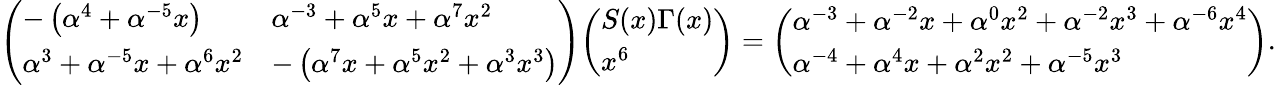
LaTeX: {\left(\begin{array}{ll}{-\left(\alpha^{4}+\alpha^{-5}x\right)}&{\alpha^{-3}+\alpha^{5}x+\alpha^{7}x^{2}}\\ {\alpha^{3}+\alpha^{-5}x+\alpha^{6}x^{2}}&{-\left(\alpha^{7}x+\alpha^{5}x^{2}+\alpha^{3}x^{3}\right)}\end{array}\right)}{\left(\begin{array}{l}{S(x)\Gamma(x)}\\ {x^{6}}\end{array}\right)}={\left(\begin{array}{l}{\alpha^{-3}+\alpha^{-2}x+\alpha^{0}x^{2}+\alpha^{-2}x^{3}+\alpha^{-6}x^{4}}\\ {\alpha^{-4}+\alpha^{4}x+\alpha^{2}x^{2}+\alpha^{-5}x^{3}}\end{array}\right)}.